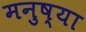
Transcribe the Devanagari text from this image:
मनुष्या